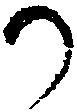
か